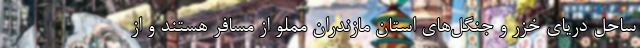
ساحل دریای خزر و جنگل‌های استان مازندران مملو از مسافر هستند و از